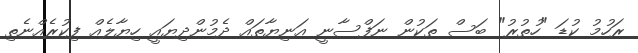
ރަހުމު ކުޑަ "ހުތުރު" ބަސް ތަކުން ނަފްސާނީ އަނިޔާތައް ދެމުންދިޔައީ ހިޔާލެއް ފިކުރެއްނެތި